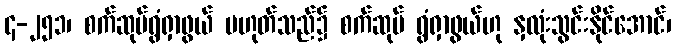
၄-၂၅၁၊ စက်ဆုပ်ရွံရှာဖွယ် မဟုတ်သည်၌ စက်ဆုပ် ရွံရှာဖွယ်ဟု နှလုံးသွင်းနိုင်အောင်၊